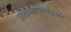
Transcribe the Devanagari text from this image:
पुष्टिप्रवाहमर्यादाभेद